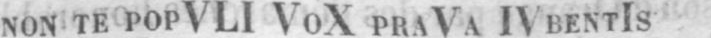
NON TE POPVLI VOX PRAVA IV BENTIS